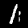
Digit: 1